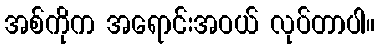
အစ်ကိုက အရောင်းအဝယ် လုပ်တာပါ။